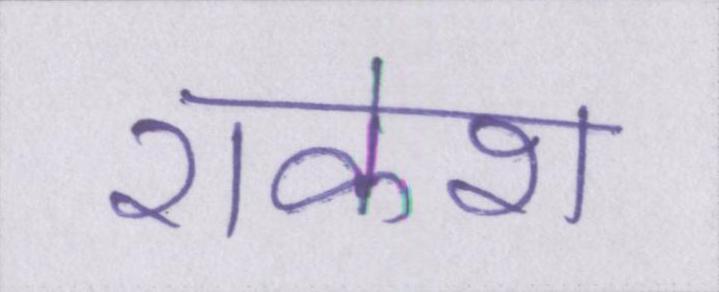
राकेश